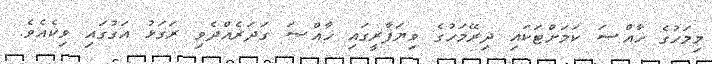
މިމަހުގެ ޚާއްޞަ ކަމަށްޓަކައި ދިރޭމަހުގެ ވިޔަފާރީގައި ޚާއްޞަ ގަދަރެއްދެވި ރަގަޅު އަގުގައި ވިކެއެވެ.